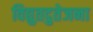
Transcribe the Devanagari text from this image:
विद्युतदुतेजना